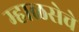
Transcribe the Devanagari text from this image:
म्हाळसेचे